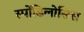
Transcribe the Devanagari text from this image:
स्पोंडिलोसिस